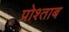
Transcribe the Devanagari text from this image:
प्रोश्ताब